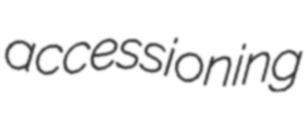
accessioning